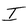
Character: I